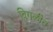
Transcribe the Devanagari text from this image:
विगळीत